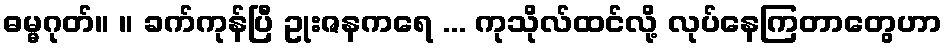
ဓမ္မဂုတ်။ ။ ခက်ကုန်ပြီ ဥုးဇနကရေ ... ကုသိုလ်ထင်လို့ လုပ်နေကြတာတွေဟာ